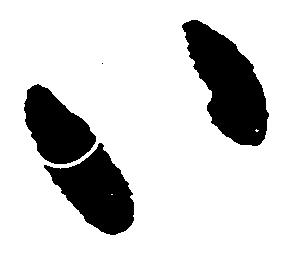
い